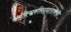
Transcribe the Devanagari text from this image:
कर्मविपाकसिद्धांतावरही